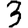
Digit: 3